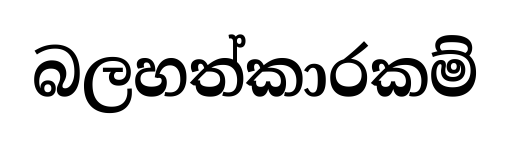
බලහත්කාරකම්